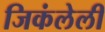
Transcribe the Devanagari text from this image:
जिकंलेली